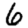
Digit: 6